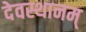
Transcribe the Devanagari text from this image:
देवस्थानम्